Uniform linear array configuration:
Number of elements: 32
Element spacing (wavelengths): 0.5
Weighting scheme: binomial
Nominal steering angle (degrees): -45
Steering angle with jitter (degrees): -45.358
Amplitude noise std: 0.05
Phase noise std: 0.05

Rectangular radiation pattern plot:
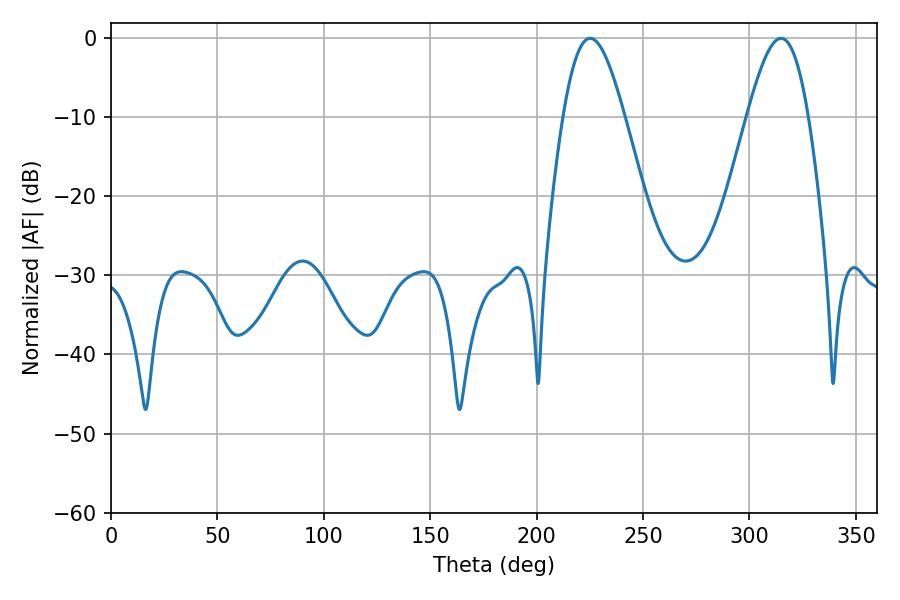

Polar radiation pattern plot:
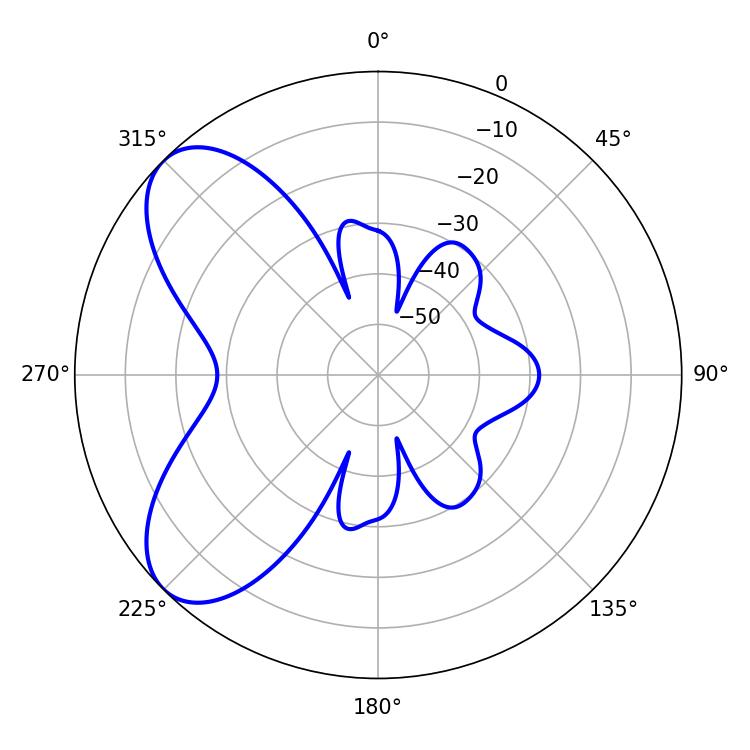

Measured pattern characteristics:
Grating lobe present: FALSE
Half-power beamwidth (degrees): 15.48
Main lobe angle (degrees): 225.18